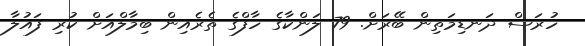
ހުރަސް ދަނޑިމަތިން ބޭރަށް. 79 ލަންކާގެ ހާފްގެ ތެރެއިން ބިމާލްއަށް ކުރި ފައުލާ